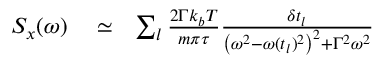
\begin{array} { r l r } { S _ { x } ( \omega ) } & { { } \simeq } & { \sum _ { l } \frac { 2 \Gamma k _ { b } T } { m \pi \tau } \frac { \delta t _ { l } } { \left( \omega ^ { 2 } - \omega ( t _ { l } ) ^ { 2 } \right) ^ { 2 } + \Gamma ^ { 2 } \omega ^ { 2 } } } \end{array}